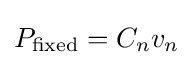
P_{\text{fixed}}=C_{n}v_{n}